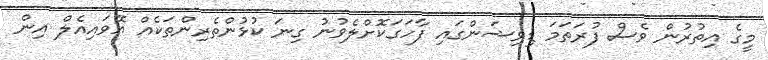
މީގެ އިތުުރުން ވެސް ފުރަތަމަ ޑިވިޝަންގައި ފާހަގަކޮށްލެވުނު ގިނަ ކުޅުންތެރިންތަކެއް އޭވައިއެލް އިން